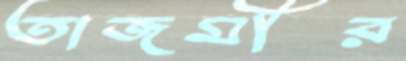
তাজমীর